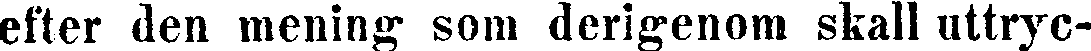
efter den mening som derigenom skall uttryc-